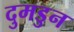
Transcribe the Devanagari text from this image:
दुमडुन